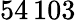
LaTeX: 54\, 103